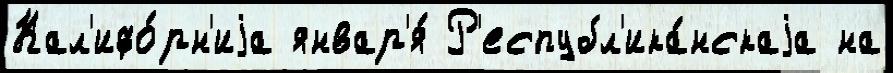
Кал'ифо́рн'иjа январ'я́ Р'еспубл'ика́нскаjа на